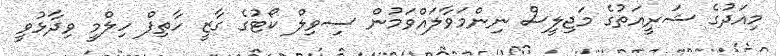
މިއަދުގެ ޝަރީއަތުގެ މަޖިލީސް ނިންމަވާލައްވަމުން ސިވިލް ކޯޓުގެ ގާޒީ ހާތިފް ހިލްމީ ވިދާޅުވީ